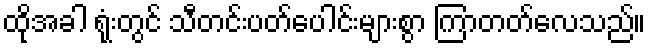
ထိုအခါ ရုံးတွင် သီတင်းပတ်ပေါင်းများစွာ ကြာတတ်လေသည်။